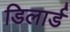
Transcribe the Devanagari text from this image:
डिलार्ड